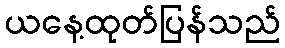
ယနေ့ထုတ်ပြန်သည်